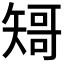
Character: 𱳣